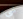
شيء